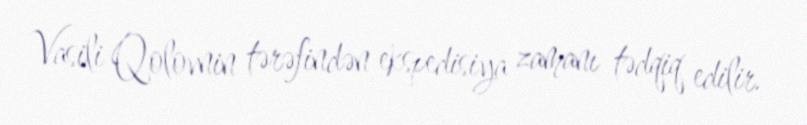
Vasili Qolovnin tərəfindən ekspedisiya zamanı tədqiq edilir.